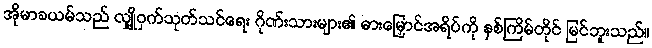
အိုမာခယမ်သည် လျှို့ဝှက်သုတ်သင်ရေး ဂိုဏ်းသားများ၏ ဓားမြှောင်အရိပ်ကို နှစ်ကြိမ်တိုင် မြင်ဘူးသည်။